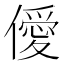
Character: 僾